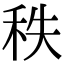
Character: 秩